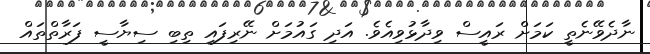
ނާދެވޭނެތީ ކަމަށް ރައީސް ވިދާޅުވިއެވެ. އަދި ގައުމަށް ނޭރިފައި ތިބި ސިޔާސީ ފަރާތްތައް